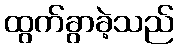
ထွက်ခွာခဲ့သည်